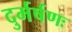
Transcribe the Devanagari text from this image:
दुर्मर्षणः